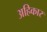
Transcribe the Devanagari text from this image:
अहिकार